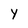
Character: Y